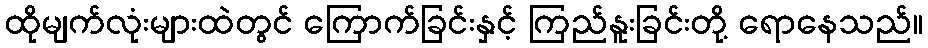
ထိုမျက်လုံးများထဲတွင် ကြောက်ခြင်းနှင့် ကြည်နူးခြင်းတို့ ရောနေသည်။